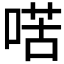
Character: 𠸋